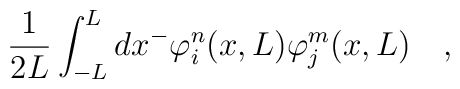
\frac{1}{2L}\int_{-L}^{L}dx^- \varphi_{i}^n(x, L)\varphi_{j}^m(x, L) \quad,